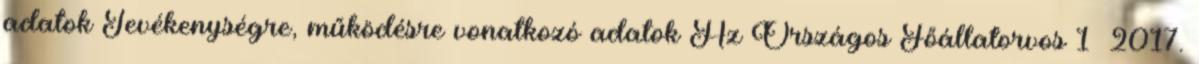
adatok Tevékenységre, működésre vonatkozó adatok Az Országos Főállatorvos 1 2017.